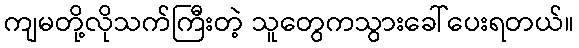
ကျမတို့လိုသက်ကြီးတဲ့ သူတွေကသွားခေါ်ပေးရတယ်။